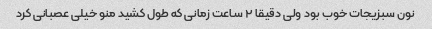
نون سبزیجات خوب بود ولی دقیقا ٢ ساعت زمانی که طول کشید منو خیلی عصبانی کرد